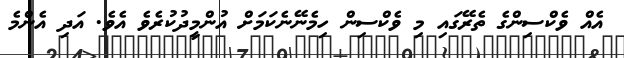
އެއް ވެކްސިންގެ ތެރޭގައި މި ވެކްސިން ހިމެނޭނެކަމަށް އުންމީދުކުރެވެ އެވެ. އަދި އެންމެ